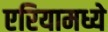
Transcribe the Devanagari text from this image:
एरियामध्ये